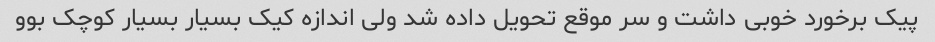
پیک برخورد خوبی داشت و سر موقع تحویل داده شد ولی اندازه کیک بسیار بسیار کوچک بوو